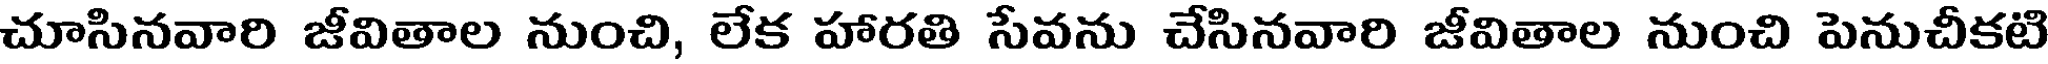
చూసినవారి జీవితాల నుంచి, లేక హారతి సేవను చేసినవారి జీవితాల నుంచి పెనుచీకటి